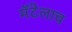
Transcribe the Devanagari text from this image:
मॅटेलाच